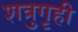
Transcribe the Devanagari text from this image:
शत्रुगृही